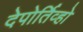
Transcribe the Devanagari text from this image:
देपोर्तिव्हो